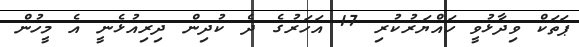
ޕަތަކް ވިދާޅުވީ ހައްޔަރުކުރި 17 އަހަރުގެ ދެ ކުދިން ދިރިއުޅެނީ އެ މީހުން